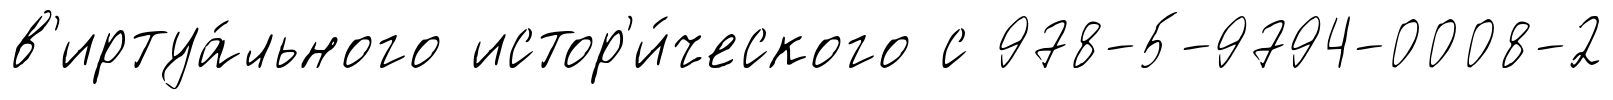
в'иртуа́льного истор'и́ческого с 978-5-9794-0008-2